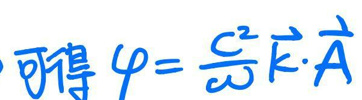
可得 \(\varphi = \frac{c^2}{\omega} \vec{k} \cdot \vec{A}\)